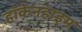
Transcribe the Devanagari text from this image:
हॉकेनहाइम